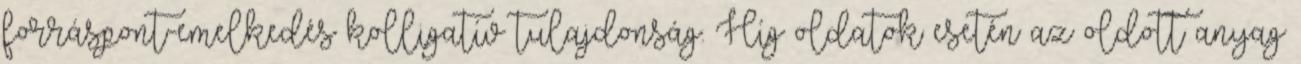
forráspont-emelkedés kolligatív tulajdonság. Híg oldatok esetén az oldott anyag